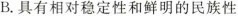
B.具有相对稳定性和鲜明的民族性